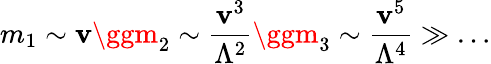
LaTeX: m_{1}\sim\mathbf{v}\ggm_{2}\sim\frac{{\mathbf{v}^{3}}}{{\Lambda^{2}}}\ggm_{3}\sim\frac{{\mathbf{v}^{5}}}{{\Lambda^{4}}}\gg\ldots